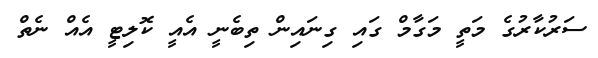
ސަރުކާރުގެ މަތީ މަގާމް ގައި ގިނައިން ތިބެނީ އެއީ ކޮލިޓީ އެއް ނެތް